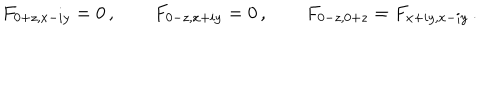
LaTeX: F _ { 0 + z , x - i y } = 0 \, , \qquad F _ { 0 - z , x + i y } = 0 \, , \qquad F _ { 0 - z , 0 + z } = F _ { x + i y , x - i y } \, .